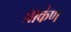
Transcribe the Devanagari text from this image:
प्राकंण